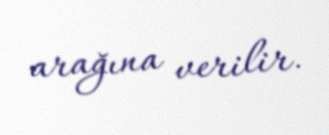
arağına verilir.